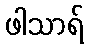
ဖါသာရ်